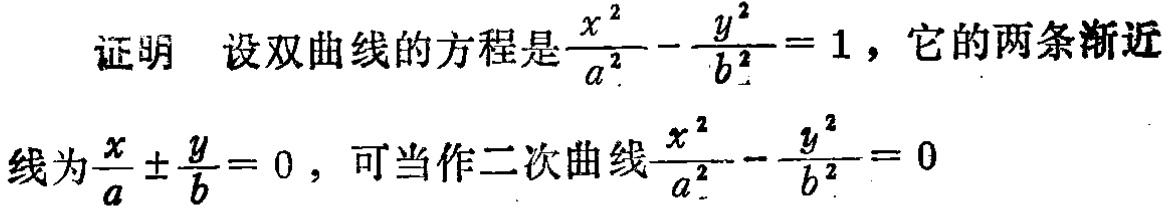
证明 设双曲线的方程是$\frac{x^{2}}{a^{2}}-\frac{y^{2}}{b^{2}} = 1$，它的两条渐近
线为$\frac{x}{a}\pm\frac{y}{b}=0$，可当作二次曲线$\frac{x^{2}}{a^{2}}-\frac{y^{2}}{b^{2}} = 0$